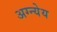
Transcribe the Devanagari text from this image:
अग्न्येय